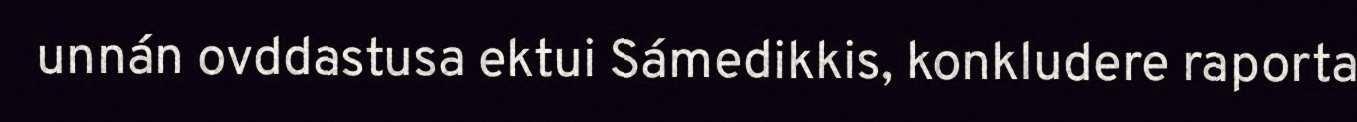
unnán ovddastusa ektui Sámedikkis, konkludere raporta